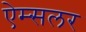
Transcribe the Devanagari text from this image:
ऐम्सलर